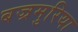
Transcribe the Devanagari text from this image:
बज्रमुरिया